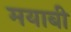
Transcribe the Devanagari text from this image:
मयाबी